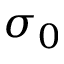
\sigma _ { 0 }